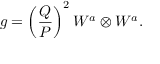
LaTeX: g = \left( \frac { Q } { P } \right) ^ { 2 } W ^ { a } \otimes W ^ { a } .